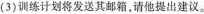
(3)训练计划将发送其邮箱，请他提出建议。